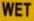
WET